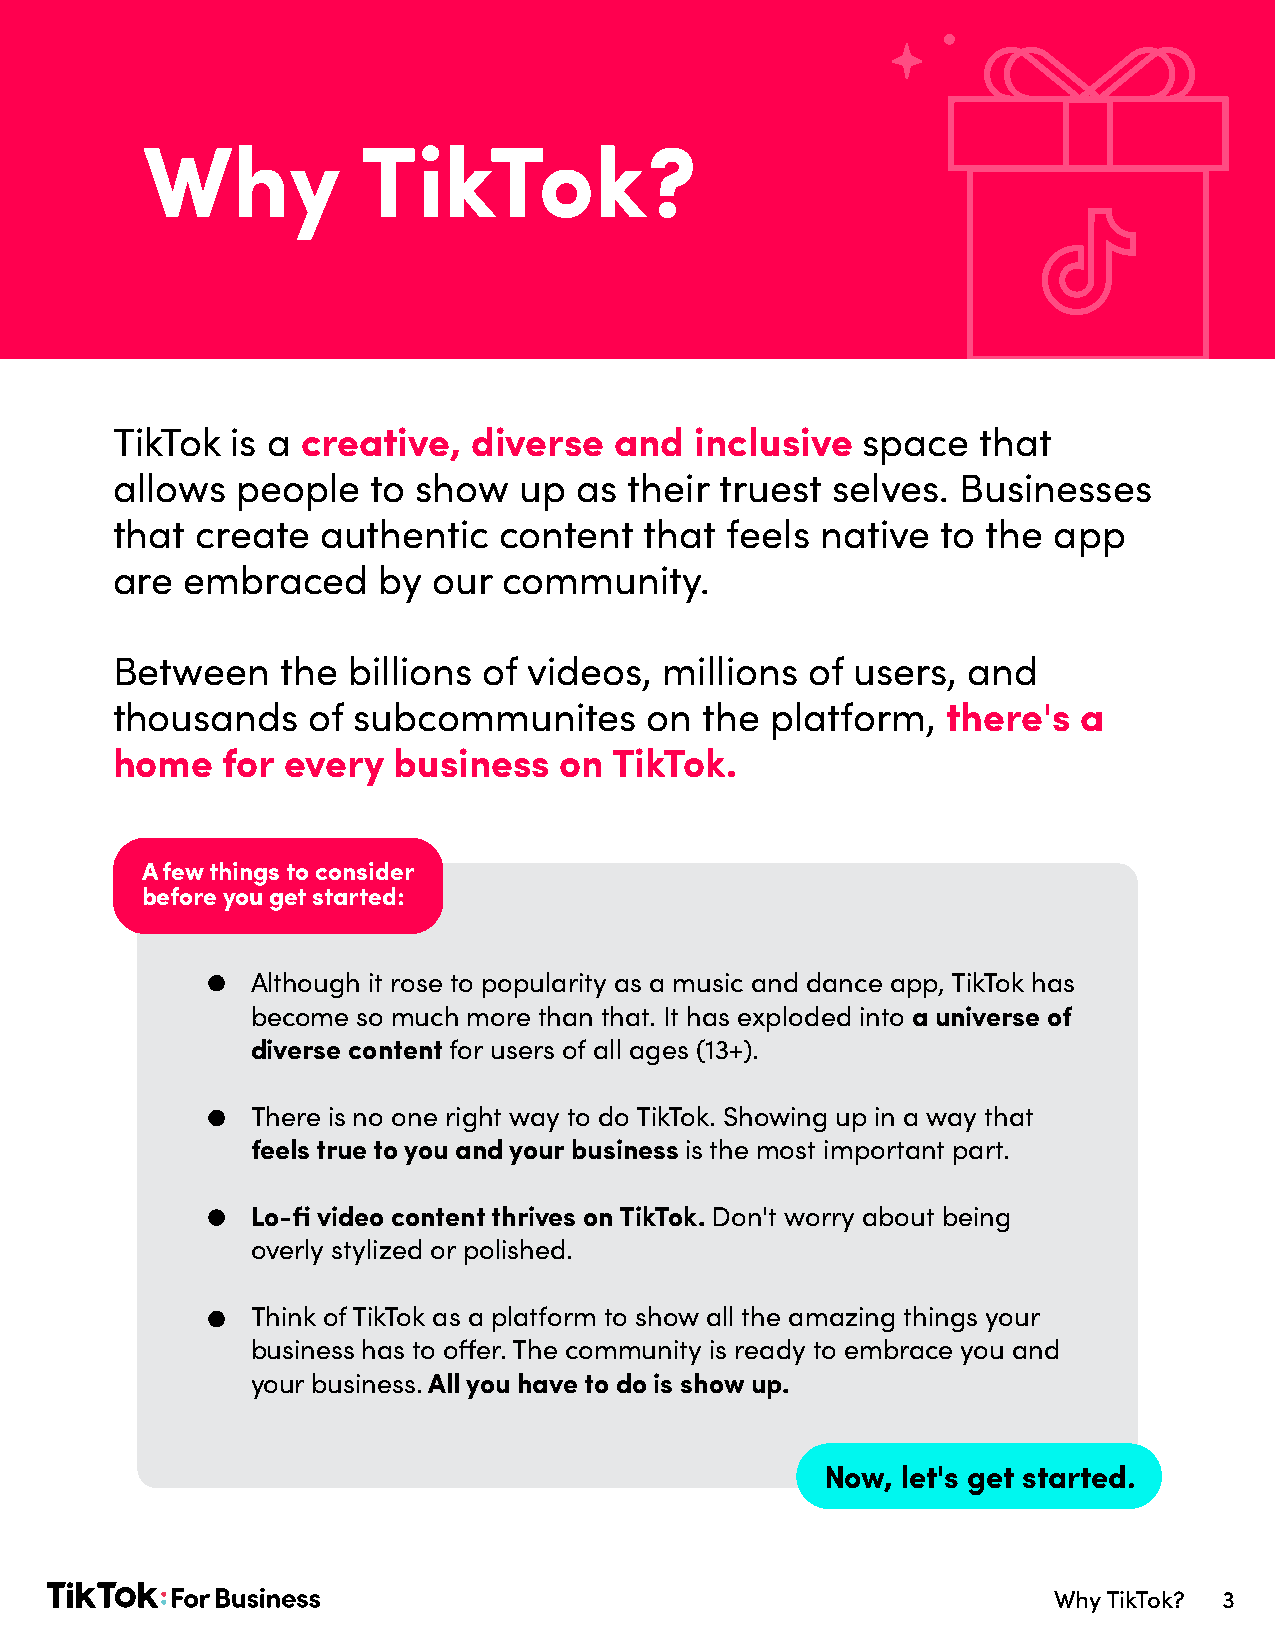
Why           TikTok?
 TikTok  is a creative,  diverse   and  inclusive  space   that
 allows   people   to show  up  as  their truest selves.  Businesses
 that  create  authentic   content   that feels native  to the  app
 are  embraced     by  our community.
 Between     the billions of videos,  millions of users,  and
 thousands    of subcommunites       on  the platform,   there's a
 home    for every  business   on  TikTok.
 A few things to consider
 before you get started:
 Although it rose to popularity as a music and dance app, TikTok has
 become so much more than that. It has exploded into a universe of
 diverse content for users of all ages (13+).
 There is no one right way to do TikTok. Showing up in a way that
 feels true to you and your business is the most important part.
 Lo-fi video content thrives on TikTok. Don't worry about being
 overly stylized or polished.
 Think of TikTok as a platform to show all the amazing things your
 business has to offer. The community is ready to embrace you and
 your business. All you have to do is show up.
 Now, let's get started.
 Why TikTok? 3